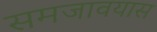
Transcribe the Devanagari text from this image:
समजावयास